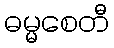
ဓမ္မစေတီ